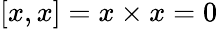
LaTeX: [x,x]=x\times x=0